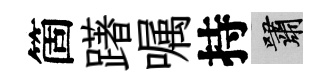
箇躇嘱持嘯